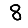
Digit: 8